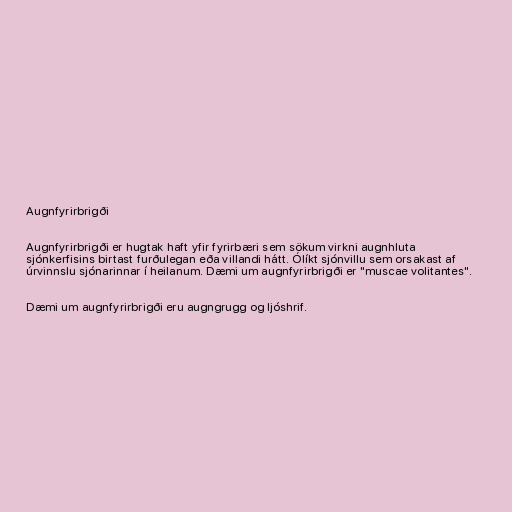
Augnfyrirbrigði

Augnfyrirbrigði er hugtak haft yfir fyrirbæri sem sökum virkni augnhluta
sjónkerfisins birtast furðulegan eða villandi hátt. Ólíkt sjónvillu sem orsakast af
úrvinnslu sjónarinnar í heilanum. Dæmi um augnfyrirbrigði er "muscae volitantes".

Dæmi um augnfyrirbrigði eru augngrugg og ljóshrif.